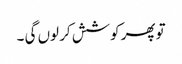
تو پھر کوشش کر لوں گی ۔